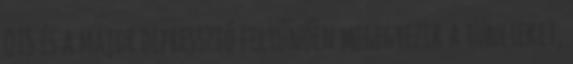
OTS és a major depresszió feltűnően megegyezik a tüneteket,